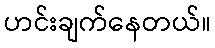
ဟင်းချက်နေတယ်။